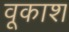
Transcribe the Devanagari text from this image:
वूकाश